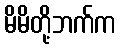
မိမိတို့ဘက်က